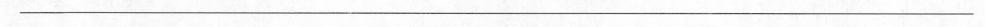
___